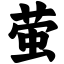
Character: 萤